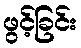
ဖွင့်ခြင်း